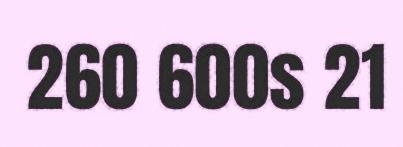
260 600s 21